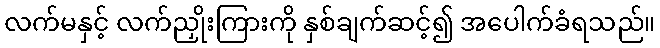
လက်မနှင့် လက်ညှိုးကြားကို နှစ်ချက်ဆင့်၍ အပေါက်ခံရသည်။